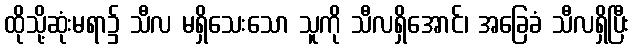
ထိုသို့ဆုံးမရာ၌ သီလ မရှိသေးသော သူကို သီလရှိအောင်၊ အခြေခံ သီလရှိပြီး